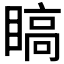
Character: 𬑣